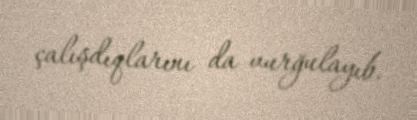
çalışdıqlarını da vurğulayıb.